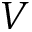
V